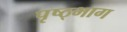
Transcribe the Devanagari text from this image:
पृष्ठ्भाग